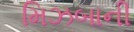
મિઝબાની